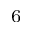
^ { 6 }